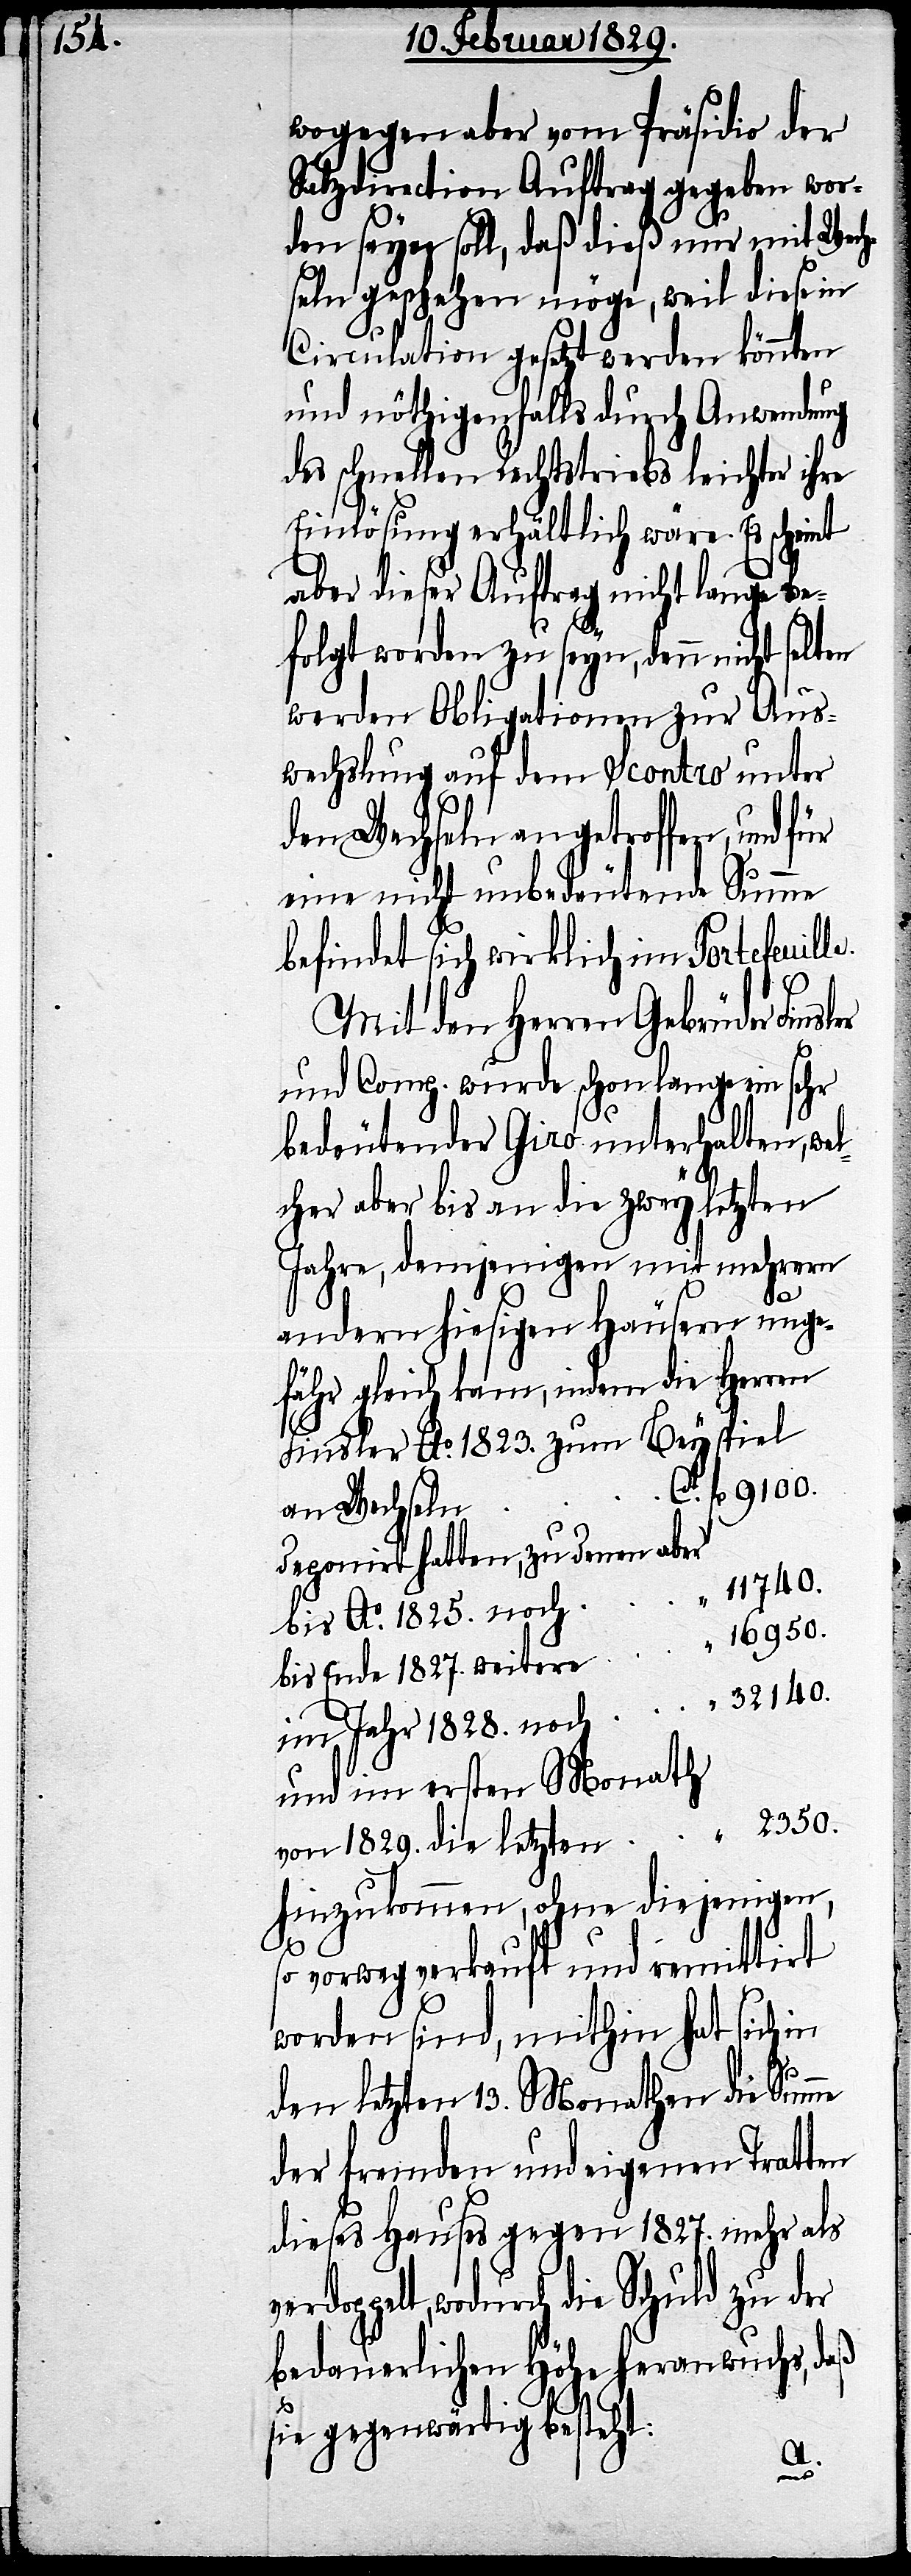
wogegen aber vom Präsidio der
Salzdirection Auftrag gegeben wor¬
den seyn soll, daß dieß nur mit Wech¬
seln geschehen möge, weil diese in
Circulation gesetzt werden könnten
und nöthigenfalls durch Anwendung
des schnellen Rechtstriebs leichter ihre
Einlösung erhältlich wäre. Es scheint
aber dieser Auftrag nicht lange be¬
folgt worden zu seyn, denn nicht
werden Obligationen zur Aus¬
wechslung auf dem Scontro unter
den Wechseln angetroffen, und für
eine nicht unbedeutende Summe
befindet sich wirklich im Portefeuill¬
e.
Mit den Herren Gebrüder Finsler
und Comp. wurde schon lange ein sehr
bedeutender Giro unterhalten, we¬
lcher aber bis an die zwey letzten
Jahre, demjenigen mit mehrern
andern hiesigen Häusern unge¬
fähr gleich kam, indem die Herren
Finsler Ao. 1823. zum Beypiel
Ct. fl. 9100.
an Wechseln
deponirt hatten, zu denen aber
“ 11740.
bis Ao. 1825. noch
“ 16950.
bis Ende 1827. weitere
im Jahr 1828. noch . . . . . . “ 32140.
und im ersten Monath
von 1829 die letzten . . . .
hinzukommen, ohne diejenigen,
so
vorweg verkauft und remittirt
worden sind, mithin hat sich in
den letzten 13. Monathen die Sum¬
der fremden und eigenen Tratten
dieses Hauses gegen 1827. mehr als
doppelt, wodurch die Schuld zu der
bedauerlichen Höhe heranwuchs, daß
sie gegenwärtig besteht:
.
ver¬